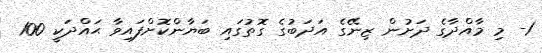
1- މި މާއްދާގެ ދަށުން ޒިނޭގެ އަދަބުގެ ގޮތުގައި ބަޔާންކޮށްފައިވާ ޙައްދަކީ 100